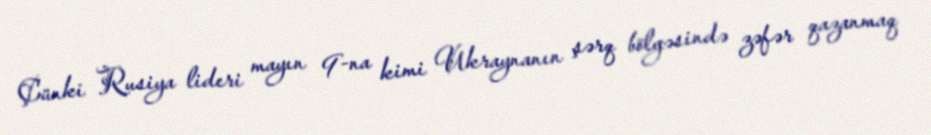
Çünki Rusiya lideri mayın 9-na kimi Ukraynanın şərq bölgəsində zəfər qazanmaq